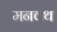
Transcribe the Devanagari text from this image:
मनवथ